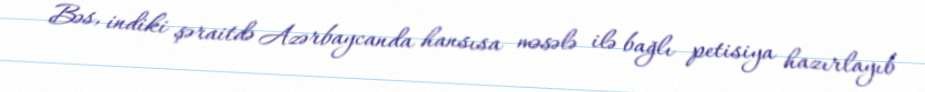
Bəs, indiki şəraitdə Azərbaycanda hansısa məsələ ilə bağlı petisiya hazırlayıb